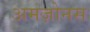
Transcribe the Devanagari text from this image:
अमज़ोनस